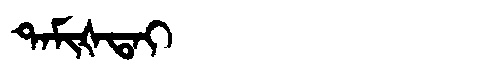
Manchu: ᡨᠠᠮᡳᡧᡨᠠᡳ
Romanization: TAMIŠTAI